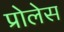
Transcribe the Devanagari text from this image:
प्रोलेस